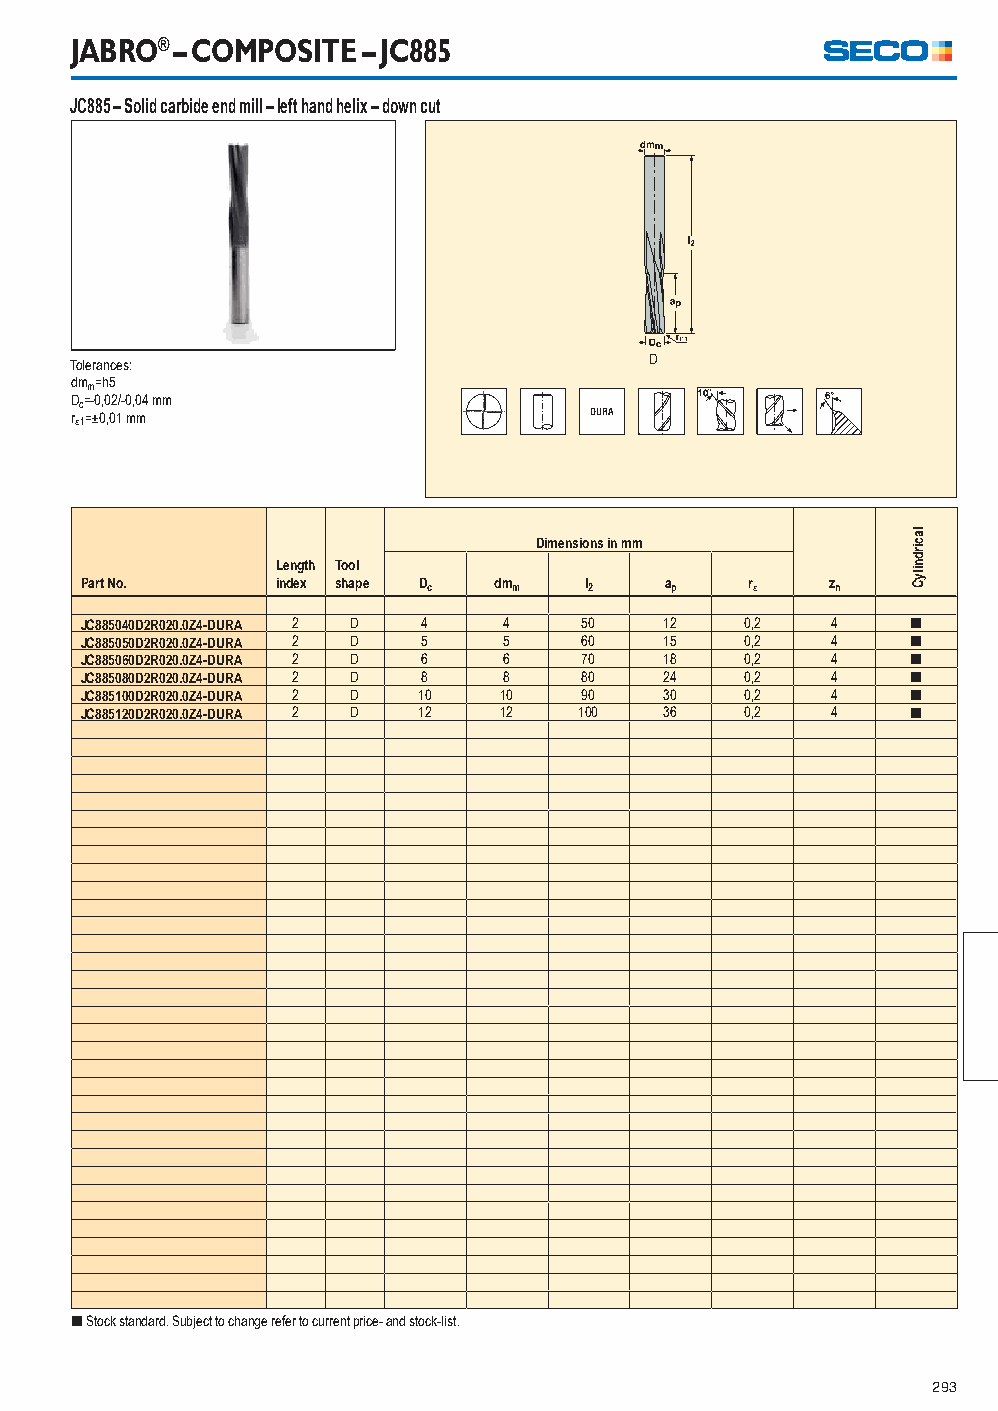
JABRO® – COMPOSITE – JC885
 JC885 – Solid carbide end mill – left hand helix – down cut
 Tolerances:                           D
 dmm=h5
 Dc=-0,02/-0,04 mm
 r1=±0,01 mm
 Dimensions in mm
 Length Tool
 Part No.     index shape Dc dmm   l2   ap    r   zn
 JC885040D2R020.0Z4-DURA 2 D 4 4   50   12   0,2   4    [
 JC885050D2R020.0Z4-DURA 2 D 5 5   60   15   0,2   4    [
 JC885060D2R020.0Z4-DURA 2 D 6 6   70   18   0,2   4    [
 JC885080D2R020.0Z4-DURA 2 D 8 8   80   24   0,2   4    [
 JC885100D2R020.0Z4-DURA 2 D 10 10 90   30   0,2   4    [
 JC885120D2R020.0Z4-DURA 2 D 12 12 100  36   0,2   4    [
 [ Stock standard. Subject to change refer to current price- and stock-list.
 293
 lacirdnilyC